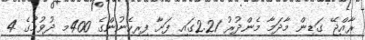
ރާއްޖޭ ގަޑިން މާދަމާ މެންދުރު 2.21ގައި ފަށާ ފިރިހެނުންގެ 400މ ދުވުމުގެ 4